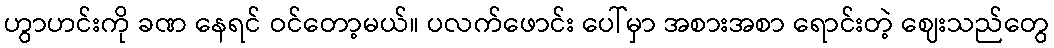
ဟွာဟင်းကို ခဏ နေရင် ဝင်တော့မယ်။ ပလက်ဖောင်း ပေါ်မှာ အစားအစာ ရောင်းတဲ့ ဈေးသည်တွေ